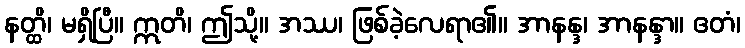
နတ္ထိ၊ မရှိပြီ။ ဣတိ၊ ဤသို့။ အဿ၊ ဖြစ်ခဲ့လေရာ၏။ အာနန္ဒ၊ အာနန္ဒာ။ ဧတံ၊